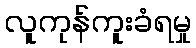
လူကုန်ကူးခံရမှု